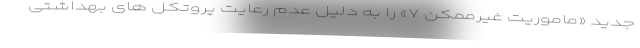
جدید «ماموریت غیرممکن ۷» را به دلیل عدم رعایت پروتکل های بهداشتی